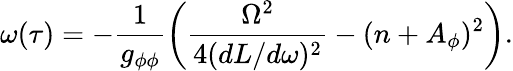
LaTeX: \omega(\tau)=-\frac{1}{g_{\phi\phi}}\left(\frac{\Omega^{2}}{4(dL/d\omega)^{2}}-(n+A_{\phi})^{2}\right).